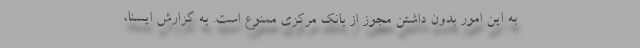
به این امور بدون داشتن مجوز از بانک مرکزی ممنوع است. به گزارش ایسنا،